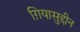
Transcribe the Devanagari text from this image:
ग़ियासुद्दीन